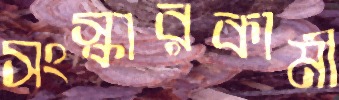
সংস্কারকামী